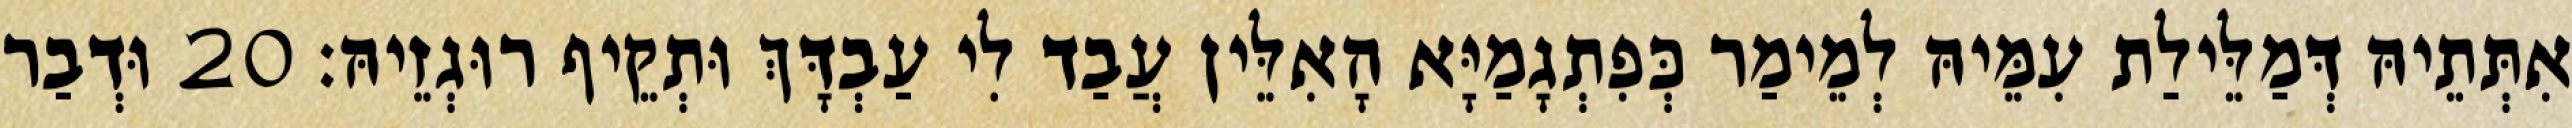
אִתְּתֵיהּ דְּמַלֵּילַת עִמֵּיהּ לְמֵימַר כְּפִתְגָמַיָּא הָאִלֵּין עֲבַד לִי עַבְדָּךְ וּתְקֵיף רוּגְזֵיהּ׃ 20 וּדְבַר